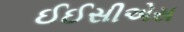
ઈઈસીએસ